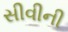
સીવીની